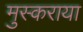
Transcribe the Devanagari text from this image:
मुस्कराया